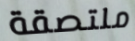
ملتصقة